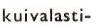
kuivalasti-